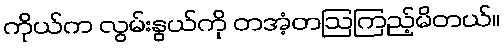
ကိုယ်က လွမ်းနွယ်ကို တအံ့တဩကြည့်မိတယ်။